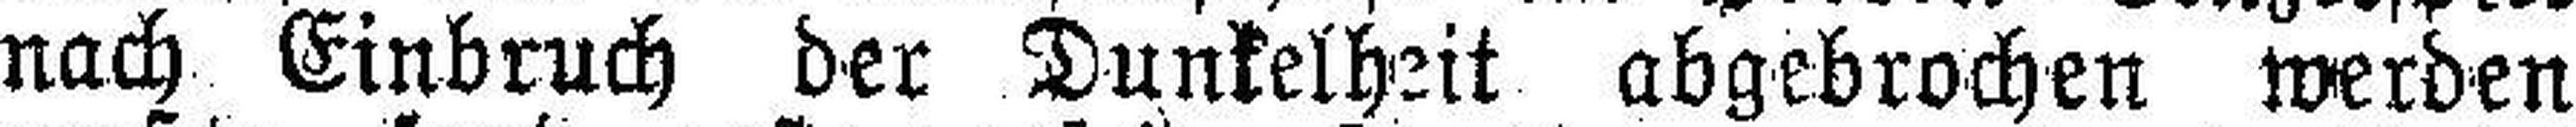
nach Einbruch der Dunkelheit abgebrochen werden